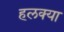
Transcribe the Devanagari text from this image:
हलक्‍या